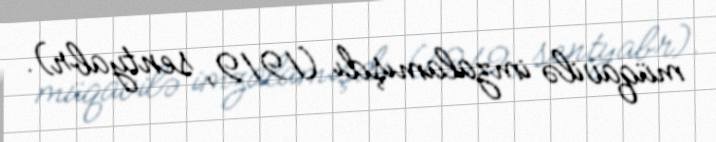
müqavilə imzalamışdı (1919, sentyabr).